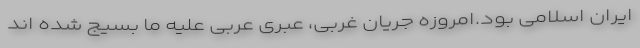
ایران اسلامی بود.امروزه جریان غربی، عبری عربی علیه ما بسیج شده اند